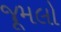
જૂમલો